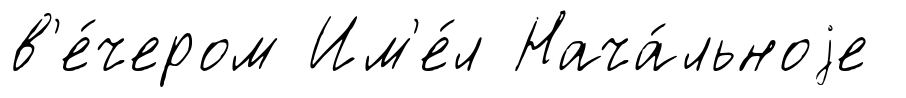
в'е́чером Им'е́л Нача́льноjе